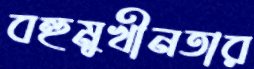
বহুমুখীনতার